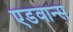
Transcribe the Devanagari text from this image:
एडवान्स